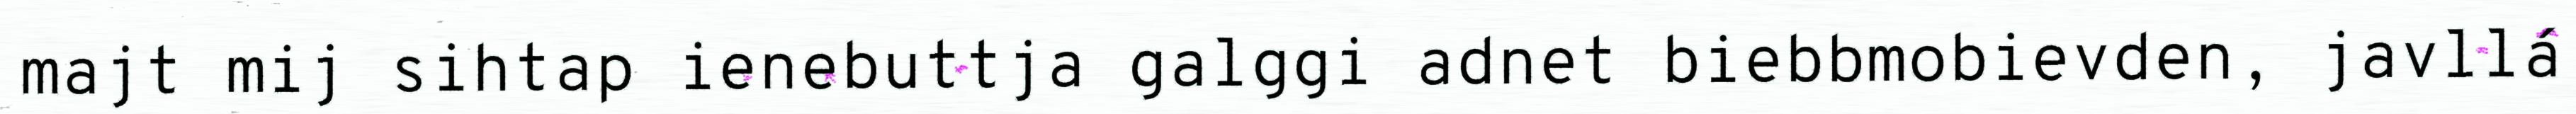
majt mij sihtap ienebuttja galggi adnet biebbmobievden, javllá